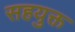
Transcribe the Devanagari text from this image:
सहयुक्त